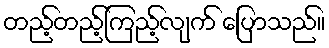
တည့်တည့်ကြည့်လျက် ပြောသည်။